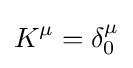
K^{\mu }=\delta _{0}^{\mu }